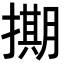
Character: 𭢘